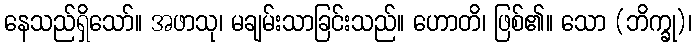
နေသည်ရှိသော်။ အဖာသု၊ မချမ်းသာခြင်းသည်။ ဟောတိ၊ ဖြစ်၏။ သော (ဘိက္ခု)၊